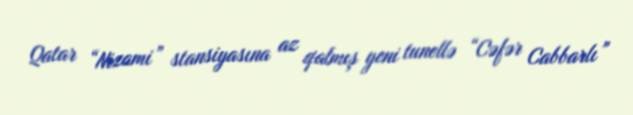
Qatar “Nizami” stansiyasına az qalmış yeni tunellə “Cəfər Cabbarlı”